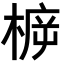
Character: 𣔳